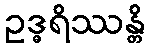
ဥဒ္ဓရိဿန္တိ